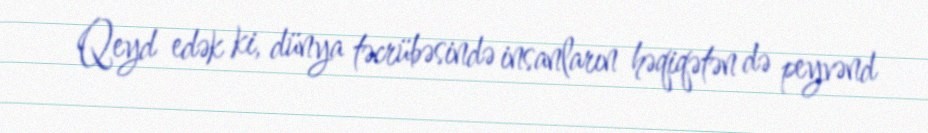
Qeyd edək ki, dünya təcrübəsində insanların həqiqətən də peyvənd